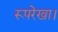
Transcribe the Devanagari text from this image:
रूपरेखा।